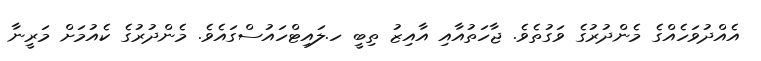
އެއްދުވަހެއްގެ މެންދުރުގެ ވަގުތެވެ. ޖާހަތުއާއި އާއިޒު ތިބީ ހ.ލައިޓްހައުސްގައެވެ. މެންދުރުގެ ކެއުމަށް މަރީނާ